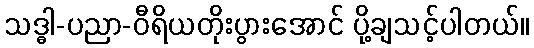
သဒ္ဓါ-ပညာ-ဝီရိယတိုးပွားအောင် ပို့ချသင့်ပါတယ်။